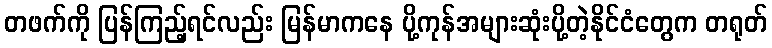
တဖက်ကို ပြန်ကြည့်ရင်လည်း မြန်မာကနေ ပို့ကုန်အများဆုံးပို့တဲ့နိုင်ငံတွေက တရုတ်